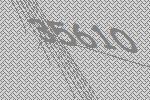
35610